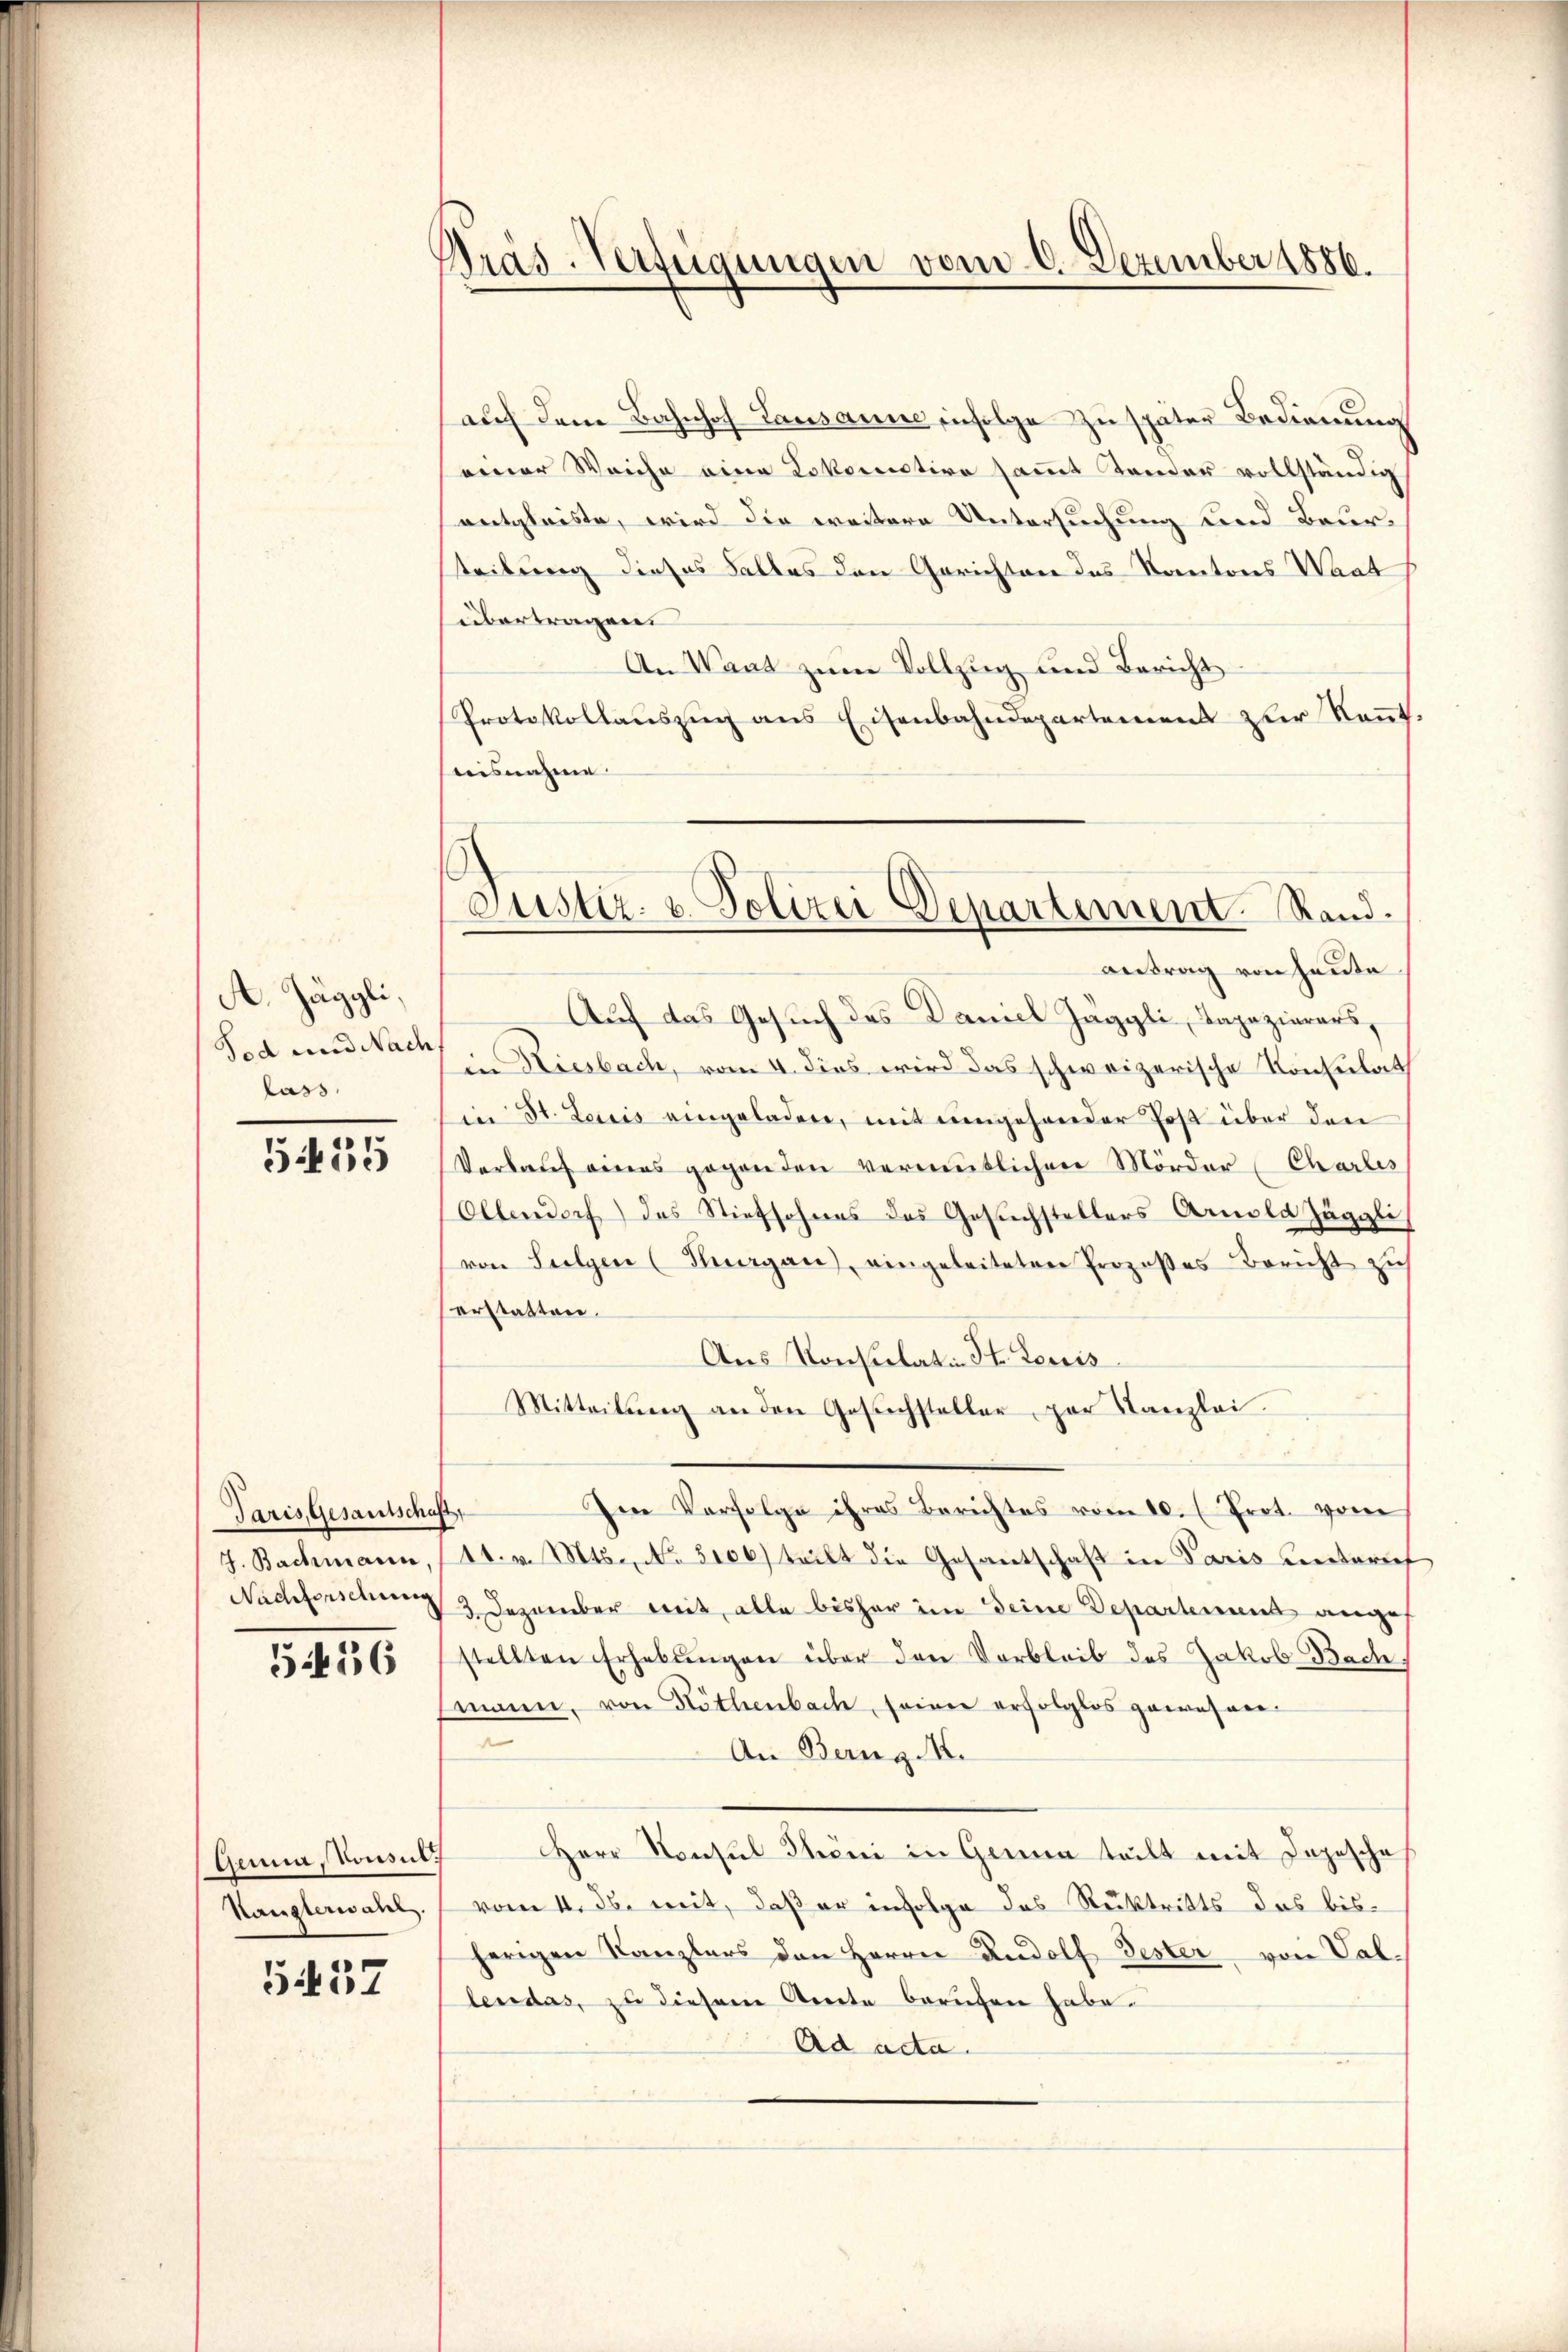
A. Jäggli,
Tod und Nach
lass

5455

Paris, Gesantschaft,
J. Bachmann,

G1416

Genia, Tonsul
Hangterwahl.

5437

Präs. Verfügungen vom 6. Dezember 1886.

Justiz- & Polizei Departement. Rand.

auf dem Bahnhof Lausanne infolge zu später Bedienung
einer Weiche eine Lokomotive sammt Tender vollständig
entgleiste, wird die weitere Untersuchung und Beursteilung dieses Falles den Gerichten das Kantons Waadt
übertragen.
An Waat zum Vollzug und Bericht
Protokollauszug aus Eisenbahndepartement zur Kennt.
nisnahme.
antrag von heute
Auf das Gesuch des Daniel Jäggli, Dapazierers
in Riesbach, vom 4. dies wird das schweizerische Konsulat
in St. Loris eingeladen, mit eingehender Post über den
Verkauf eines gegenden vermutlichen Mörder Charles
Ollendorf) das Stiefsohnes des Gesuchstellers Arnold Zäggli
(von Sulgen (Thurgau), eingeleiteten Proposes Bericht zŭ
erstatten.
Aus Konsulatin St. Louis
Mitteilung an den Gesuchsteller par Kanzlei.
m
Den Verfolge ihres Berichtes vom 10. (Prot. vom
1t. v. Mts., No. 3106) teilt die Gesantschaft in Paris unterief
Nachforschung 3 Dezember mit alle bisher im Seine Departement ange
stellten Erhebŭngen über den Vorbleib des Jakob Bach,
tmann, von Köthenbach, seiner erfolglos gewesen
n
An Berng M.
Herr Konsul Phöni in Gera teilt mit Depesche
vom 1. ds. mit, daß er infolge das Rücktritts das bisherigen Kanzlers den Herrn Rudolf Jester von Vallendas, zu diesem Amte berufen habe.
Ad acta.